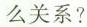
么关系?